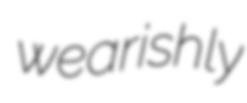
wearishly